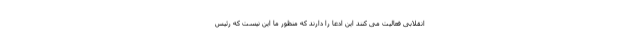
انقلابی فعالیت می کنند این ادعا را دارند که منظور ما این نیست که رئیس